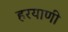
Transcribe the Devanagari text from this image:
हरयाणी